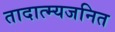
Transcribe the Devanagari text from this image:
तादात्म्यजनित